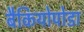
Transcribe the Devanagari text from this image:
बैकियोपोडा